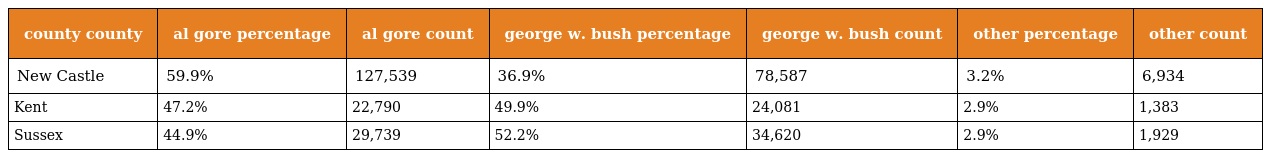
| county county | al gore percentage | al gore count | george w. bush percentage | george w. bush count | other percentage | other count |
 | --- | --- | --- | --- | --- | --- | --- |
 | New Castle | 59.9% | 127,539 | 36.9% | 78,587 | 3.2% | 6,934 |
 | Kent | 47.2% | 22,790 | 49.9% | 24,081 | 2.9% | 1,383 |
 | Sussex | 44.9% | 29,739 | 52.2% | 34,620 | 2.9% | 1,929 |